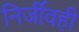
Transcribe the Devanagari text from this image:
निर्जीवही